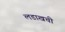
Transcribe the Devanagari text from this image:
लडाखची